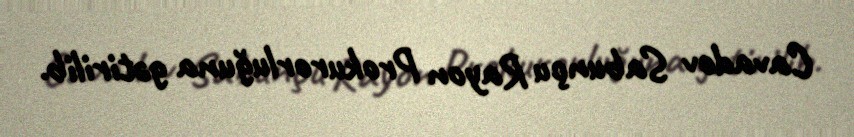
Cavadov Sabunçu Rayon Prokurorluğuna gətirilib.